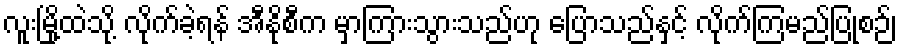
လူးမြို့ထဲသို့ လိုက်ခဲ့ရန် အီနိုစီက မှာကြားသွားသည်ဟု ပြောသည်နှင့် လိုက်ကြမည်ပြုစဉ်၊